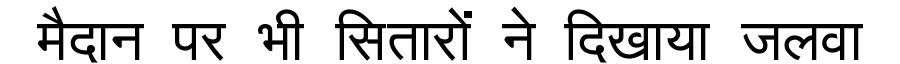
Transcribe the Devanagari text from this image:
मैदान पर भी सितारों ने दिखाया जलवा